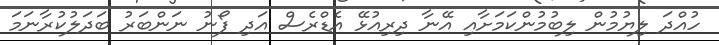
ހުއްދަ ލިޔުމުން ލިބުމުންކަމަށާއި އޭނާ ދިރިއުޅޭ އެޑްރެސް އަދި ފޯނު ނަންބަރު ބަދަލުކުރާނަމަ